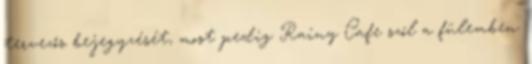
tervezős bejegyzését, most pedig Rainy Cafe szól a fülemben.